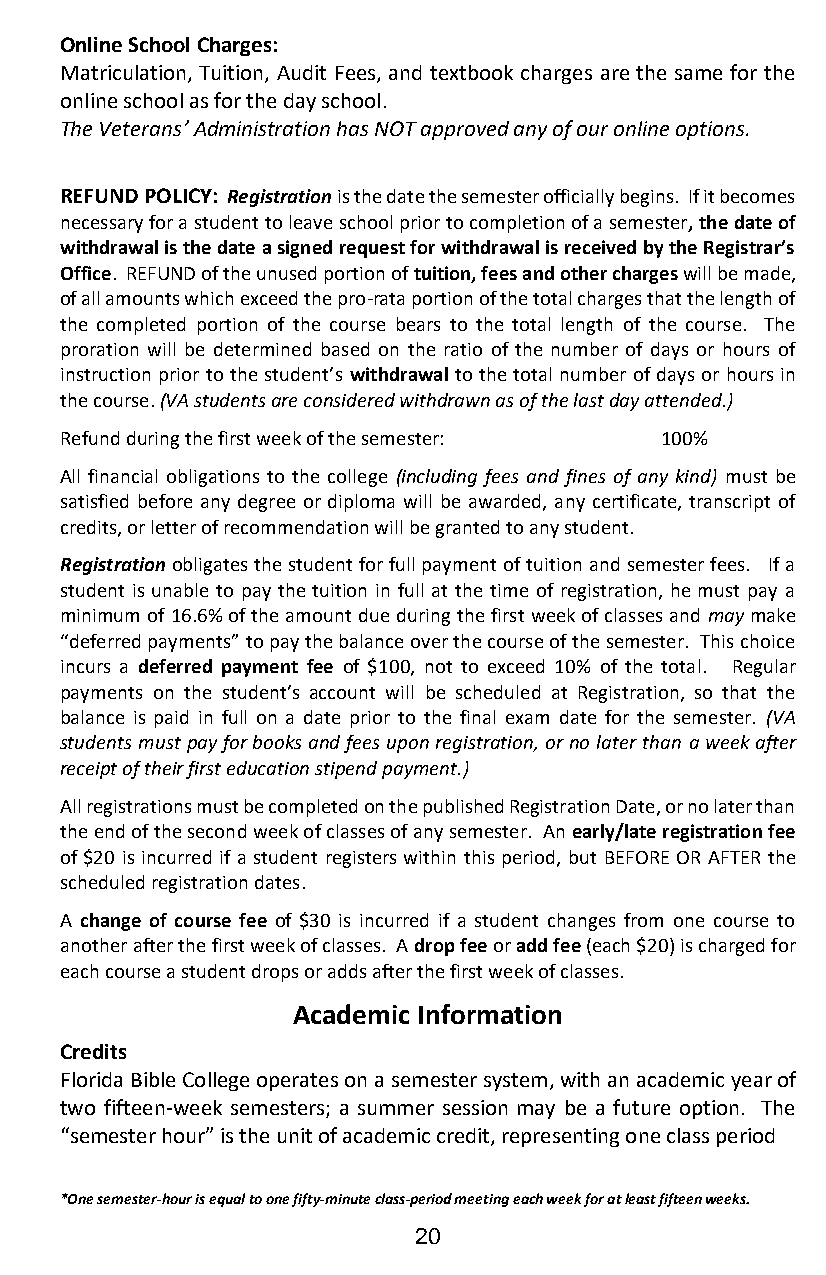
Online School Charges:
 Matriculation, Tuition, Audit Fees, and textbook charges are the same for the
 online school as for the day school.
 The Veterans’ Administration has NOT approved any of our online options.
 REFUND POLICY: Registration is the date the semester officially begins. If it becomes
 necessary for a student to leave school prior to completion of a semester, the date of
 withdrawal is the date a signed request for withdrawal is received by the Registrar’s
 Office. REFUND of the unused portion of tuition, fees and other charges will be made,
 of all amounts which exceed the pro-rata portion of the total charges that the length of
 the completed portion of the course bears to the total length of the course. The
 proration will be determined based on the ratio of the number of days or hours of
 instruction prior to the student’s withdrawal to the total number of days or hours in
 the course. (VA students are considered withdrawn as of the last day attended.)
 Refund during the first week of the semester: 100%
 All financial obligations to the college (including fees and fines of any kind) must be
 satisfied before any degree or diploma will be awarded, any certificate, transcript of
 credits, or letter of recommendation will be granted to any student.
 Registration obligates the student for full payment of tuition and semester fees. If a
 student is unable to pay the tuition in full at the time of registration, he must pay a
 minimum of 16.6% of the amount due during the first week of classes and may make
 “deferred payments” to pay the balance over the course of the semester. This choice
 incurs a deferred payment fee of $100, not to exceed 10% of the total. Regular
 payments on the student’s account will be scheduled at Registration, so that the
 balance is paid in full on a date prior to the final exam date for the semester. (VA
 students must pay for books and fees upon registration, or no later than a week after
 receipt of their first education stipend payment.)
 All registrations must be completed on the published Registration Date, or no later than
 the end of the second week of classes of any semester. An early/late registration fee
 of $20 is incurred if a student registers within this period, but BEFORE OR AFTER the
 scheduled registration dates.
 A change of course fee of $30 is incurred if a student changes from one course to
 another after the first week of classes. A drop fee or add fee (each $20) is charged for
 each course a student drops or adds after the first week of classes.
 Academic Information
 Credits
 Florida Bible College operates on a semester system, with an academic year of
 two fifteen-week semesters; a summer session may be a future option. The
 “semester hour” is the unit of academic credit, representing one class period
 *One semester-hour is equal to one fifty-minute class-period meeting each week for at least fifteen weeks.
 20